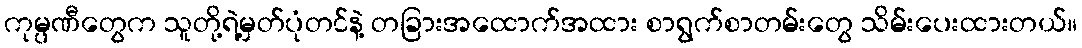
ကုမ္ပဏီတွေက သူတို့ရဲ့မှတ်ပုံတင်နဲ့ တခြားအထောက်အထား စာရွက်စာတမ်းတွေ သိမ်းပေးထားတယ်။